Vaccination in Bombay 1869-1873 - 1869-1873
Year: 1869
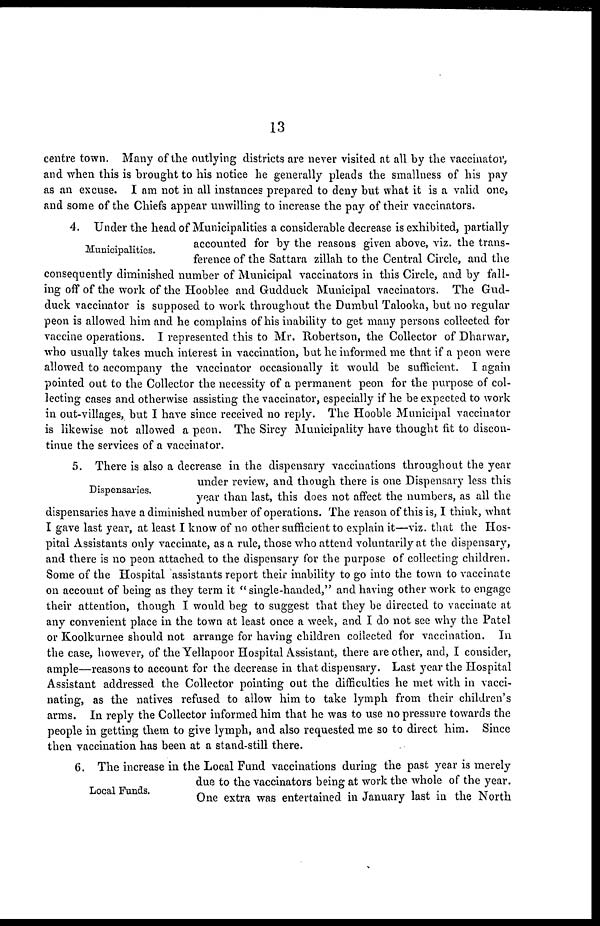
13
centre town. Many of the outlying districts are never visited at all by the vaccinator,
and when this is brought to his notice he generally pleads the smallness of his pay
as an excuse. I am not in all instances prepared to deny but what it is a valid one,
and some of the Chiefs appear unwilling to increase the pay of their vaccinators.
Municipalities.
4. Under the head of Municipalities a considerable decrease is exhibited, partially
accounted for by the reasons given above, viz. the trans-
ference of the Sattara zillah to the Central Circle, and the
consequently diminished number of Municipal vaccinators in this Circle, and by fall-
ing off of the work of the Hooblee and Gudduck Municipal vaccinators. The Gud-
duck vaccinator is supposed to work throughout the Dumbul Talooka, but no regular
peon is allowed him and he complains of his inability to get many persons collected for
vaccine operations. I represented this to Mr. Robertson, the Collector of Dharwar,
who usually takes much interest in vaccination, but he informed me that if a peon were
allowed to accompany the vaccinator occasionally it would be sufficient. I again
pointed out to the Collector the necessity of a permanent peon for the purpose of col-
lecting cases and otherwise assisting the vaccinator, especially if he be expected to work
in out-villages, but I have since received no reply. The Hooble Municipal vaccinator
is likewise not allowed a peon. The Sircy Municipality have thought fit to discon-
tinue the services of a vaccinator.
Dispensaries.
5. There is also a decrease in the dispensary vaccinations throughout the year
under review, and though there is one Dispensary less this
year than last, this does not affect the numbers, as all the
dispensaries have a diminished number of operations. The reason of this is, I think, what
I gave last year, at least I know of no other sufficient to explain it—viz. that the Hos-
pital Assistants only vaccinate, as a rule, those who attend voluntarily at the dispensary,
and there is no peon attached to the dispensary for the purpose of collecting children.
Some of the Hospital assistants report their inability to go into the town to vaccinate
on account of being as they term it " single-handed," and having other work to engage
their attention, though I would beg to suggest that they be directed to vaccinate at
any convenient place in the town at least once a week, and I do not see why the Patel
or Koolkurnee should not arrange for having children collected for vaccination. In
the case, however, of the Yellapoor Hospital Assistant, there are other, and, I consider,
ample—reasons to account for the decrease in that dispensary. Last year the Hospital
Assistant addressed the Collector pointing out the difficulties he met with in vacci-
nating, as the natives refused to allow him to take lymph from their children's
arms. In reply the Collector informed him that he was to use no pressure towards the
people in getting them to give lymph, and also requested me so to direct him. Since
then vaccination has been at a stand-still there.
Local Funds.
6. The increase in the Local Fund vaccinations during the past year is merely
due to the vaccinators being at work the whole of the year.
One extra was entertained in January last in the North